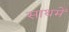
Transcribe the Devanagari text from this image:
साथमें